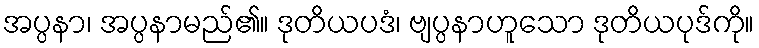
အပ္ပနာ၊ အပ္ပနာမည်၏။ ဒုတိယပဒံ၊ ဗျပ္ပနာဟူသော ဒုတိယပုဒ်ကို။